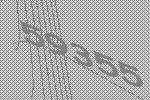
59355